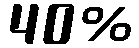
40%